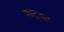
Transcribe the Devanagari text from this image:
बाट्ट्या